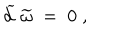
LaTeX: \widetilde { d } \; \widetilde { \omega } \; = \; 0 \; ,